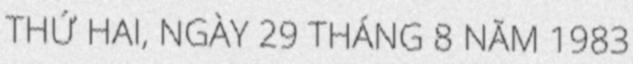
THỨ HAI, NGÀY 29 THÁNG 8 NĂM 1983